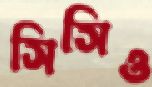
সিসিও